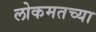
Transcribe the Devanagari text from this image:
लोकमतच्या